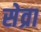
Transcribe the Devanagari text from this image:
सेव्रा